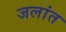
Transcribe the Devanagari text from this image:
जलांत